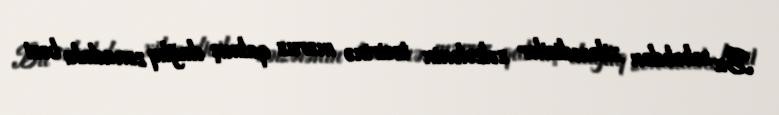
Bu səbəbdən xilasedicilər zəlzələnin təsirinə məruz qalmış dağlıq zonadakı bəzi